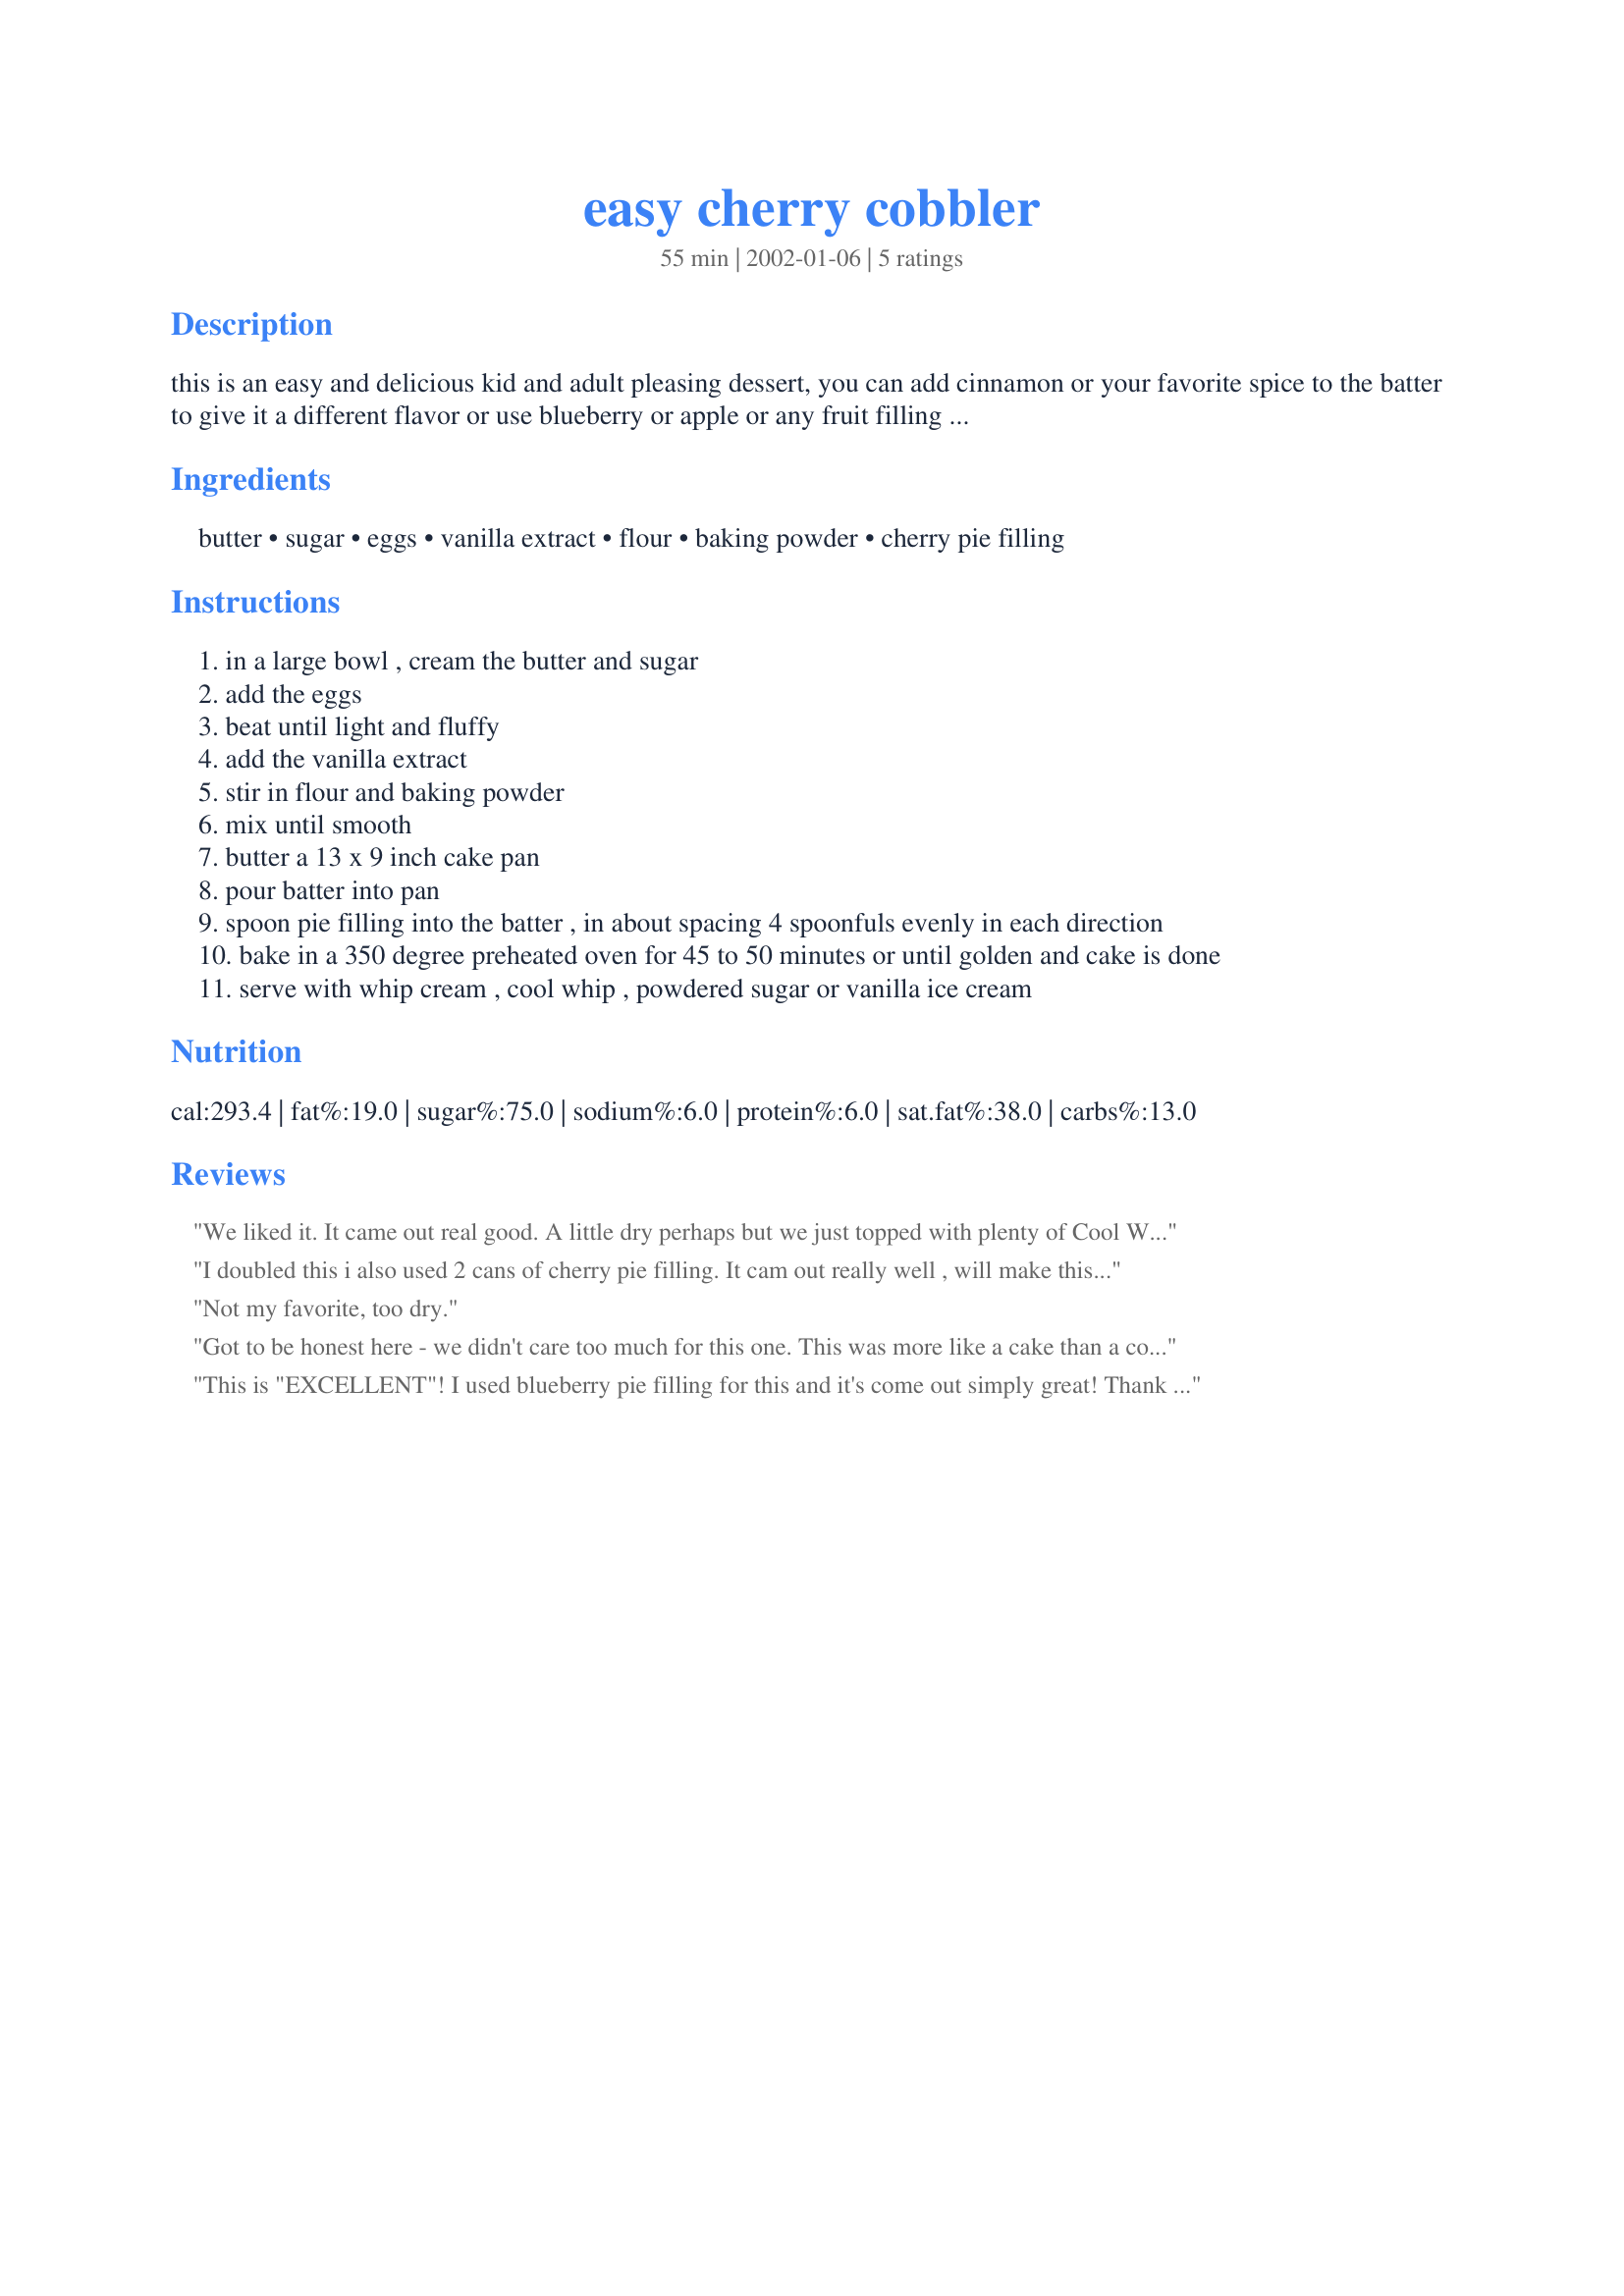
easy cherry cobbler
Preparation time: 55 minutes

this is an easy and delicious kid and adult pleasing dessert, you can add cinnamon or your favorite spice to the batter to give it a different flavor or use blueberry or apple or any fruit filling really.

Ingredients:
butter, sugar, eggs, vanilla extract, flour, baking powder, cherry pie filling

Steps:
in a large bowl , cream the butter and sugar
add the eggs
beat until light and fluffy
add the vanilla extract
stir in flour and baking powder
mix until smooth
butter a 13 x 9 inch cake pan
pour batter into pan
spoon pie filling into the batter , in about spacing 4 spoonfuls evenly in each direction
bake in a 350 degree preheated oven for 45 to 50 minutes or until golden and cake is done
serve with whip cream , cool whip , powdered sugar or vanilla ice cream

Reviews:
We liked it. It came out real good. A little dry perhaps but we just topped with plenty of Cool Whip.
I doubled this i also used 2 cans of cherry pie filling. It cam out really well , will make this again .Kids and hubbt really injoyed it
Not my favorite, too dry.
Got to be honest here - we didn't care too much for this one. This was more like a cake than a cobbler, I thought and unfortunately it was a pretty dry cake. At the very least, it needed more cherry pie filling.
This is "EXCELLENT"! I used blueberry pie filling for this and it's come out simply great!
Thank you for this marvellous recipe!
